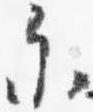
参